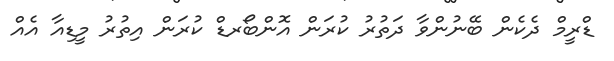
ޑްރީމް ދެކެން ބޭނުންވާ ދަތުރު ކުރަން އޮންބޯރޑް ކުރަން އިތުރު މީޑިއާ އެެއް